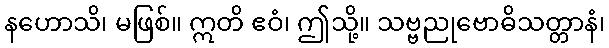
နဟောသိ၊ မဖြစ်။ ဣတိ ဧဝံ၊ ဤသို့။ သဗ္ဗညုဗောဓိသတ္တာနံ၊